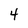
Character: 4